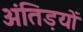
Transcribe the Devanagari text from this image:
अंतिड़यों